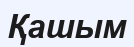
Қашым